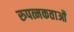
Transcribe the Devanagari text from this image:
रुपत्मकताओं